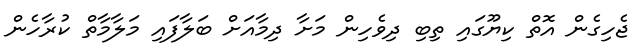
ޖެހިގެން އޮތް ކިޔޫގައި ތިބި ދިވެހިން މަށާ ދިމާއަށް ބަލާފައި މަލާމާތް ކުރާހެން